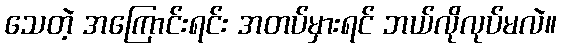
သေတဲ့ အကြောင်းရင်း အတပ်မှားရင် ဘယ်လိုလုပ်မလဲ။